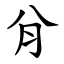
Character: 䏌